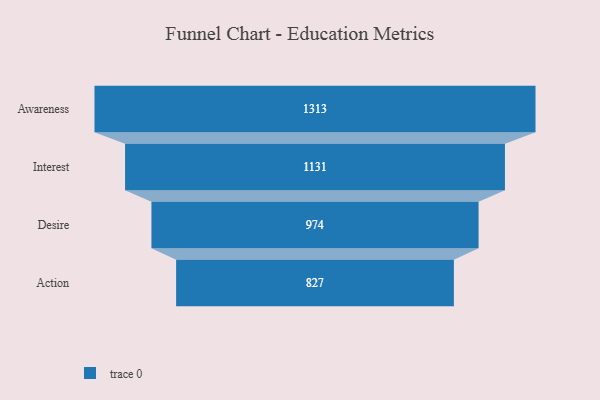
{"axis": {"x": "Stage", "y": "Value"}, "legend": [""], "data": [{"x": "Awareness", "y": 1313.0, "type": ""}, {"x": "Interest", "y": 1131.0, "type": ""}, {"x": "Desire", "y": 974.0, "type": ""}, {"x": "Action", "y": 827.0, "type": ""}]}